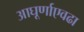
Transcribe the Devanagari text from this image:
आघूर्णाएवढा